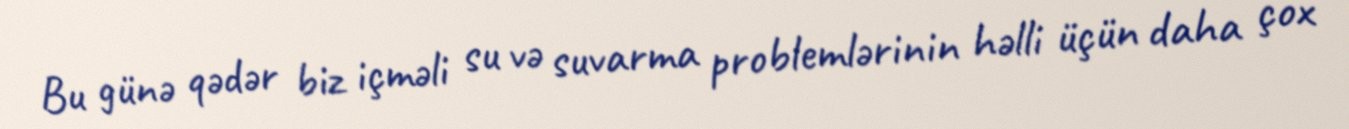
Bu günə qədər biz içməli su və suvarma problemlərinin həlli üçün daha çox